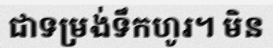
ជាទម្រង់ទឹកហូរ។ មិន